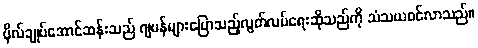
ဗိုလ်ချုပ်အောင်ဆန်းသည် ဂျပန်များပြောသည့်လွတ်လပ်ရေးဆိုသည်ကို သံသယဝင်လာသည်။